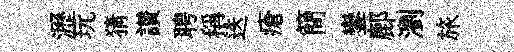
瀝玩猜讃聘稱迭瘡簡鑾鄜瀏旅